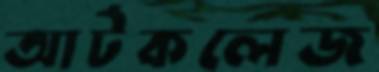
আর্টকলেজ